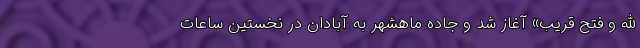
الله و فتح قریب» آغاز شد و جاده ماهشهر به آبادان در نخستین ساعات